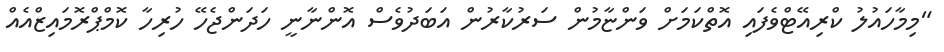
"މިމާހައުލު ކްރިއޭޓްވެފައި އޮތްކަމަށް ވަންޏާމުން ސަރުކާރުން އަބަދުވެސް އޮންނާނީ ހަދަންޖެހޭ ހުރިހާ ކޮމްޕްރޮމައިޒްއެއް